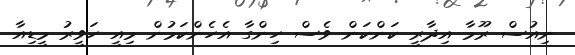
ނިއުސް ރޫމާ އިދާރީ ކަންކަން ވެސް ހިންގާ އެހެންކަމުން މިއީ ހަވީރު މީޑިއާ